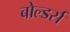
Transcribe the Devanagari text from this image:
बोल्डर्स